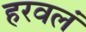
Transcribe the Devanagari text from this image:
हरवलं